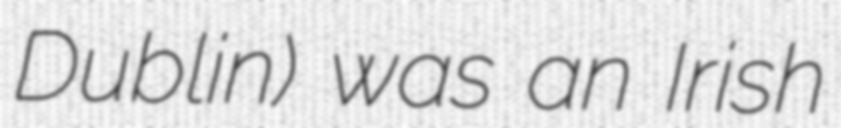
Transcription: Dublin) was an Irish